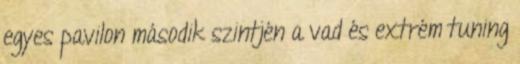
egyes pavilon második szintjén a vad és extrém tuning